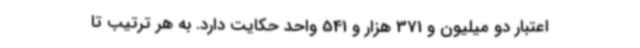
اعتبار دو میلیون و 371 هزار و 541 واحد حکایت دارد. به هر ترتیب تا